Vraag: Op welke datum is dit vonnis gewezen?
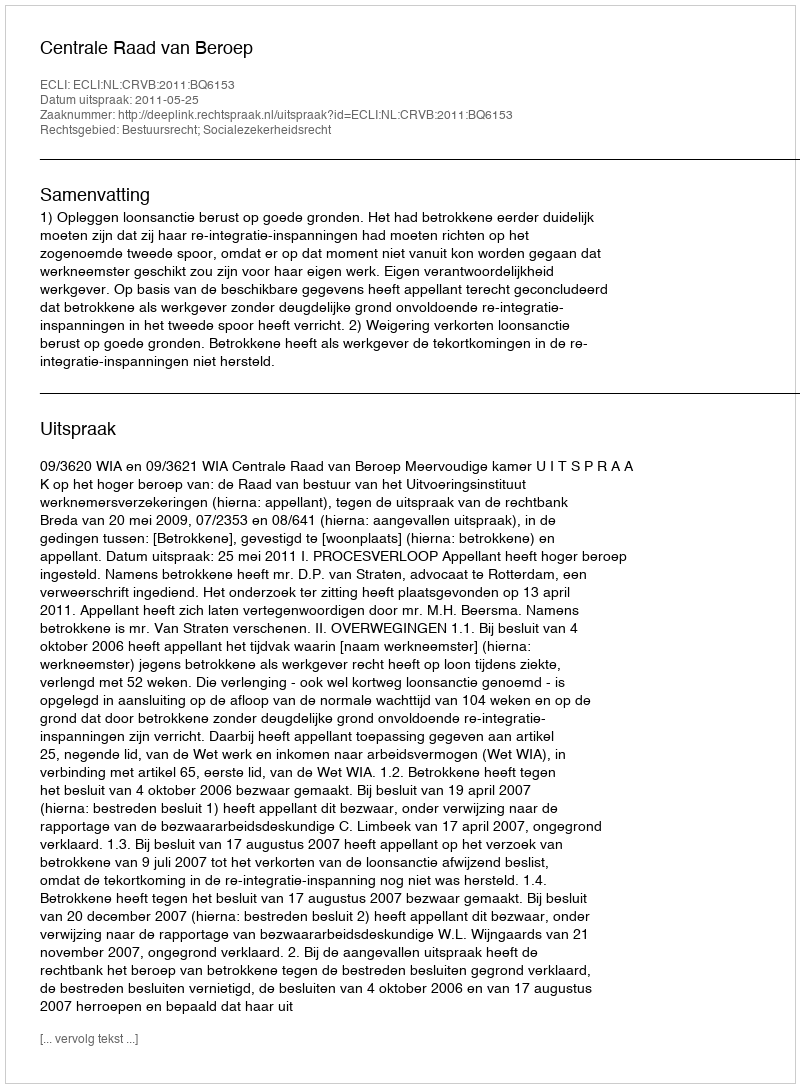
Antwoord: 2011-05-25